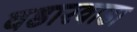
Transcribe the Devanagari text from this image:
वडारवाडा